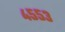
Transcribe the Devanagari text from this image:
४५५३